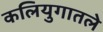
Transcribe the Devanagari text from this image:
कलियुगातले